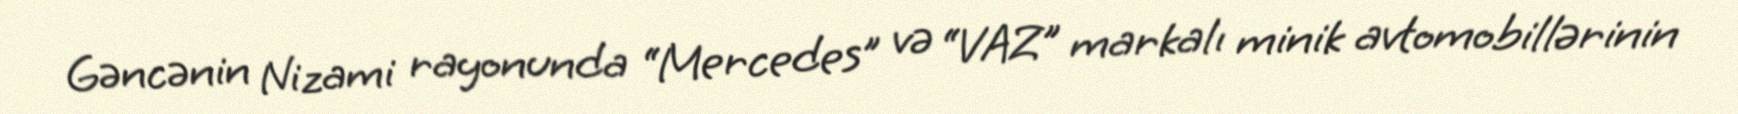
Gəncənin Nizami rayonunda “Mercedes” və “VAZ” markalı minik avtomobillərinin